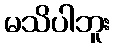
မသိပါဘူး